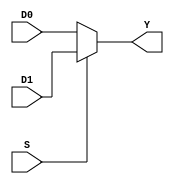
/*
 * Assignment     : 6
 * Problem No.    : 1
 * Semester       : Autumn 2021 
 * Group          : 46
 * Name1          : Neha Dalmia
 * RollNumber1    : 19CS30055
 * Name2          : Rajat Bachhawat
 * RollNumber2    : 19CS10073
 */

`timescale 1ns / 1ps

/*2-1 MUX*/
module mux21(
    input D0, D1, S,                    // inputs
    output reg Y                        // output
    );

    always @(*) begin
        if(S) begin
            Y <= D1;
        end
        else begin
            Y <= D0;
        end
    end

endmodule // mux21

/*8-bit Bi-directional Barrel Shifter*/
module barrelshifter (
    input [7:0] in,                     // 8-bit input
    input [2:0] shamt,                  // shift amount (3-bit unsigned integer)
    input dir,                          // dir = 1 for left shift, dir = 0 for right shift
    output [7:0] out                    // 8-bit output after shifting
    );

    wire mux_out[1:0][7:0];             // matrix of 2-1 MUX output wires
    wire _in[7:0], _out[7:0];           // input after passing through reversing MUXes
                                        // output after passing through reversing MUXes

    // One level of 2-1 MUXes to reverse the bits of the input if dir = 1
    mux21 m_flip_in_7(.D0(in[7]), .D1(in[0]), .S(dir), .Y(_in[7]));
    mux21 m_flip_in_6(.D0(in[6]), .D1(in[1]), .S(dir), .Y(_in[6]));
    mux21 m_flip_in_5(.D0(in[5]), .D1(in[2]), .S(dir), .Y(_in[5]));
    mux21 m_flip_in_4(.D0(in[4]), .D1(in[3]), .S(dir), .Y(_in[4]));
    mux21 m_flip_in_3(.D0(in[3]), .D1(in[4]), .S(dir), .Y(_in[3]));
    mux21 m_flip_in_2(.D0(in[2]), .D1(in[5]), .S(dir), .Y(_in[2]));
    mux21 m_flip_in_1(.D0(in[1]), .D1(in[6]), .S(dir), .Y(_in[1]));
    mux21 m_flip_in_0(.D0(in[0]), .D1(in[7]), .S(dir), .Y(_in[0]));

    // Level of MUXes controlled by shamt[2]
    // if shamt[2] = 0, output = input
    // else, output = input >> 4
    mux21 m_27(.D0(_in[7]), .D1(1'b0), .S(shamt[2]), .Y(mux_out[1][7]));
    mux21 m_26(.D0(_in[6]), .D1(1'b0), .S(shamt[2]), .Y(mux_out[1][6]));
    mux21 m_25(.D0(_in[5]), .D1(1'b0), .S(shamt[2]), .Y(mux_out[1][5]));
    mux21 m_24(.D0(_in[4]), .D1(1'b0), .S(shamt[2]), .Y(mux_out[1][4]));
    mux21 m_23(.D0(_in[3]), .D1(_in[7]), .S(shamt[2]), .Y(mux_out[1][3]));
    mux21 m_22(.D0(_in[2]), .D1(_in[6]), .S(shamt[2]), .Y(mux_out[1][2]));
    mux21 m_21(.D0(_in[1]), .D1(_in[5]), .S(shamt[2]), .Y(mux_out[1][1]));
    mux21 m_20(.D0(_in[0]), .D1(_in[4]), .S(shamt[2]), .Y(mux_out[1][0]));

    // Level of MUXes controlled by shamt[1]
    // if shamt[1] = 0, output = input
    // else, output = input >> 2
    mux21 m_17(.D0(mux_out[1][7]), .D1(1'b0), .S(shamt[1]), .Y(mux_out[0][7]));
    mux21 m_16(.D0(mux_out[1][6]), .D1(1'b0), .S(shamt[1]), .Y(mux_out[0][6]));
    mux21 m_15(.D0(mux_out[1][5]), .D1(mux_out[1][7]), .S(shamt[1]), .Y(mux_out[0][5]));
    mux21 m_14(.D0(mux_out[1][4]), .D1(mux_out[1][6]), .S(shamt[1]), .Y(mux_out[0][4]));
    mux21 m_13(.D0(mux_out[1][3]), .D1(mux_out[1][5]), .S(shamt[1]), .Y(mux_out[0][3]));
    mux21 m_12(.D0(mux_out[1][2]), .D1(mux_out[1][4]), .S(shamt[1]), .Y(mux_out[0][2]));
    mux21 m_11(.D0(mux_out[1][1]), .D1(mux_out[1][3]), .S(shamt[1]), .Y(mux_out[0][1]));
    mux21 m_10(.D0(mux_out[1][0]), .D1(mux_out[1][2]), .S(shamt[1]), .Y(mux_out[0][0]));

    // Level of MUXes controlled by shamt[0]
    // if shamt[0] = 0, output = input
    // else, output = input >> 1
    mux21 m_07(.D0(mux_out[0][7]), .D1(1'b0), .S(shamt[0]), .Y(_out[7]));
    mux21 m_06(.D0(mux_out[0][6]), .D1(mux_out[0][7]), .S(shamt[0]), .Y(_out[6]));
    mux21 m_05(.D0(mux_out[0][5]), .D1(mux_out[0][6]), .S(shamt[0]), .Y(_out[5]));
    mux21 m_04(.D0(mux_out[0][4]), .D1(mux_out[0][5]), .S(shamt[0]), .Y(_out[4]));
    mux21 m_03(.D0(mux_out[0][3]), .D1(mux_out[0][4]), .S(shamt[0]), .Y(_out[3]));
    mux21 m_02(.D0(mux_out[0][2]), .D1(mux_out[0][3]), .S(shamt[0]), .Y(_out[2]));
    mux21 m_01(.D0(mux_out[0][1]), .D1(mux_out[0][2]), .S(shamt[0]), .Y(_out[1]));
    mux21 m_00(.D0(mux_out[0][0]), .D1(mux_out[0][1]), .S(shamt[0]), .Y(_out[0]));

    // One level of 2-1 MUXes to reverse the bits of the output if dir = 1
    mux21 m_flip_out_7(.D0(_out[7]), .D1(_out[0]), .S(dir), .Y(out[7]));
    mux21 m_flip_out_6(.D0(_out[6]), .D1(_out[1]), .S(dir), .Y(out[6]));
    mux21 m_flip_out_5(.D0(_out[5]), .D1(_out[2]), .S(dir), .Y(out[5]));
    mux21 m_flip_out_4(.D0(_out[4]), .D1(_out[3]), .S(dir), .Y(out[4]));
    mux21 m_flip_out_3(.D0(_out[3]), .D1(_out[4]), .S(dir), .Y(out[3]));
    mux21 m_flip_out_2(.D0(_out[2]), .D1(_out[5]), .S(dir), .Y(out[2]));
    mux21 m_flip_out_1(.D0(_out[1]), .D1(_out[6]), .S(dir), .Y(out[1]));
    mux21 m_flip_out_0(.D0(_out[0]), .D1(_out[7]), .S(dir), .Y(out[0]));
endmodule // barrelshifter